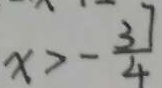
x > - \frac { 3 7 } { 4 }